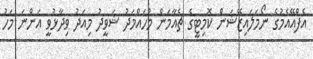
އެފްއޭއެމުގެ ނޯމަލައިޒޭޝަން ކޮމިޓީގެ ޗެއާމަން މުހައްމަދު ޝަވީދު މިއަދު ވިދާޅުވީ އަންނަ މަހު